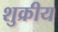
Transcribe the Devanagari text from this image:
शुक्रीय